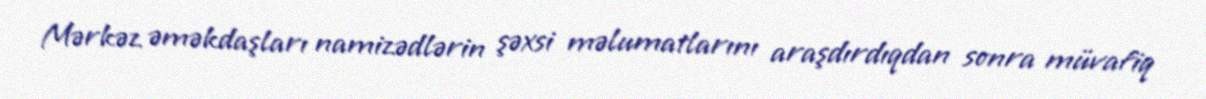
Mərkəz əməkdaşları namizədlərin şəxsi məlumatlarını araşdırdıqdan sonra müvafiq